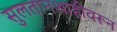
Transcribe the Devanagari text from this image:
सुलतानशाहीवरून